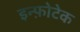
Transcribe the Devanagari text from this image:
इन्फ़ोटेक